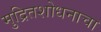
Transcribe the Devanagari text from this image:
मुद्रितशोधनाचा